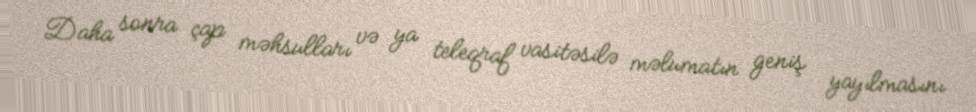
Daha sonra çap məhsulları və ya teleqraf vasitəsilə məlumatın geniş yayılmasını